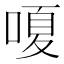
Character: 嗄